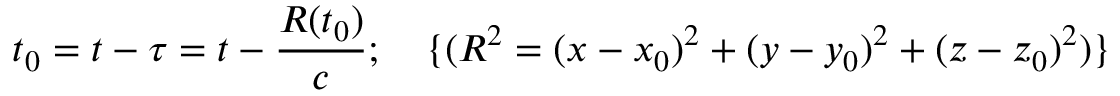
t _ { 0 } = t - \tau = t - \frac { R ( t _ { 0 } ) } { c } ; \quad \{ ( R ^ { 2 } = ( x - x _ { 0 } ) ^ { 2 } + ( y - y _ { 0 } ) ^ { 2 } + ( z - z _ { 0 } ) ^ { 2 } ) \}